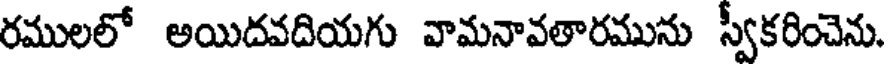
రములలో అయిదవదియగు వామనావతారమును స్వీకరించెను.